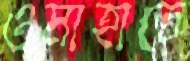
ওমাহাতে